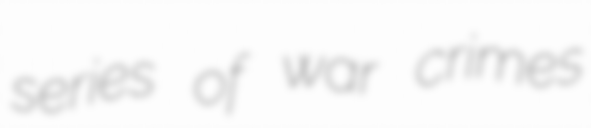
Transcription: series of war crimes